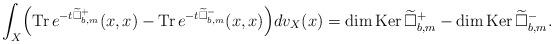
LaTeX: \begin{align*} \int_X\Bigr(\mathrm{Tr\,}e^{-t\widetilde{\Box}^{+}_{b,m}}(x,x)-\mathrm{Tr\,}e^{-t\widetilde{\Box}^{-}_{b,m}}(x,x)\Bigr)dv_X(x) =\mathrm{dim\,}\mathrm{Ker\,}\widetilde{\Box}^+_{b,m}-\mathrm{dim\,}\mathrm{Ker\,}\widetilde{\Box}^-_{b,m}.\end{align*}